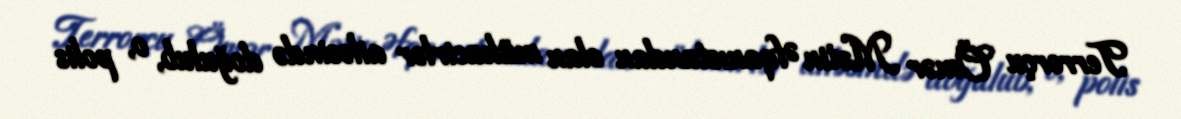
Terrorçu Ömər Mətin Əfqanıstandan olan mühacirlər ailəsində doğulub, o, polis